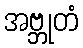
အဗ္ဘုတံ